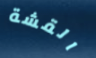
القشة